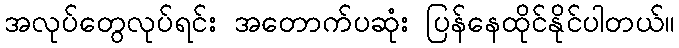
အလုပ်တွေလုပ်ရင်း အတောက်ပဆုံး ပြန်နေထိုင်နိုင်ပါတယ်။